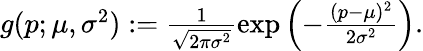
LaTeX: \begin{array}{r}{g(p;\mu,\sigma^{2}):=\frac{1}{\sqrt{2\pi\sigma^{2}}}\exp\left(-\frac{(p-\mu)^{2}}{2\sigma^{2}}\right).}\end{array}